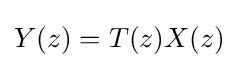
Y(z)=T(z)X(z)